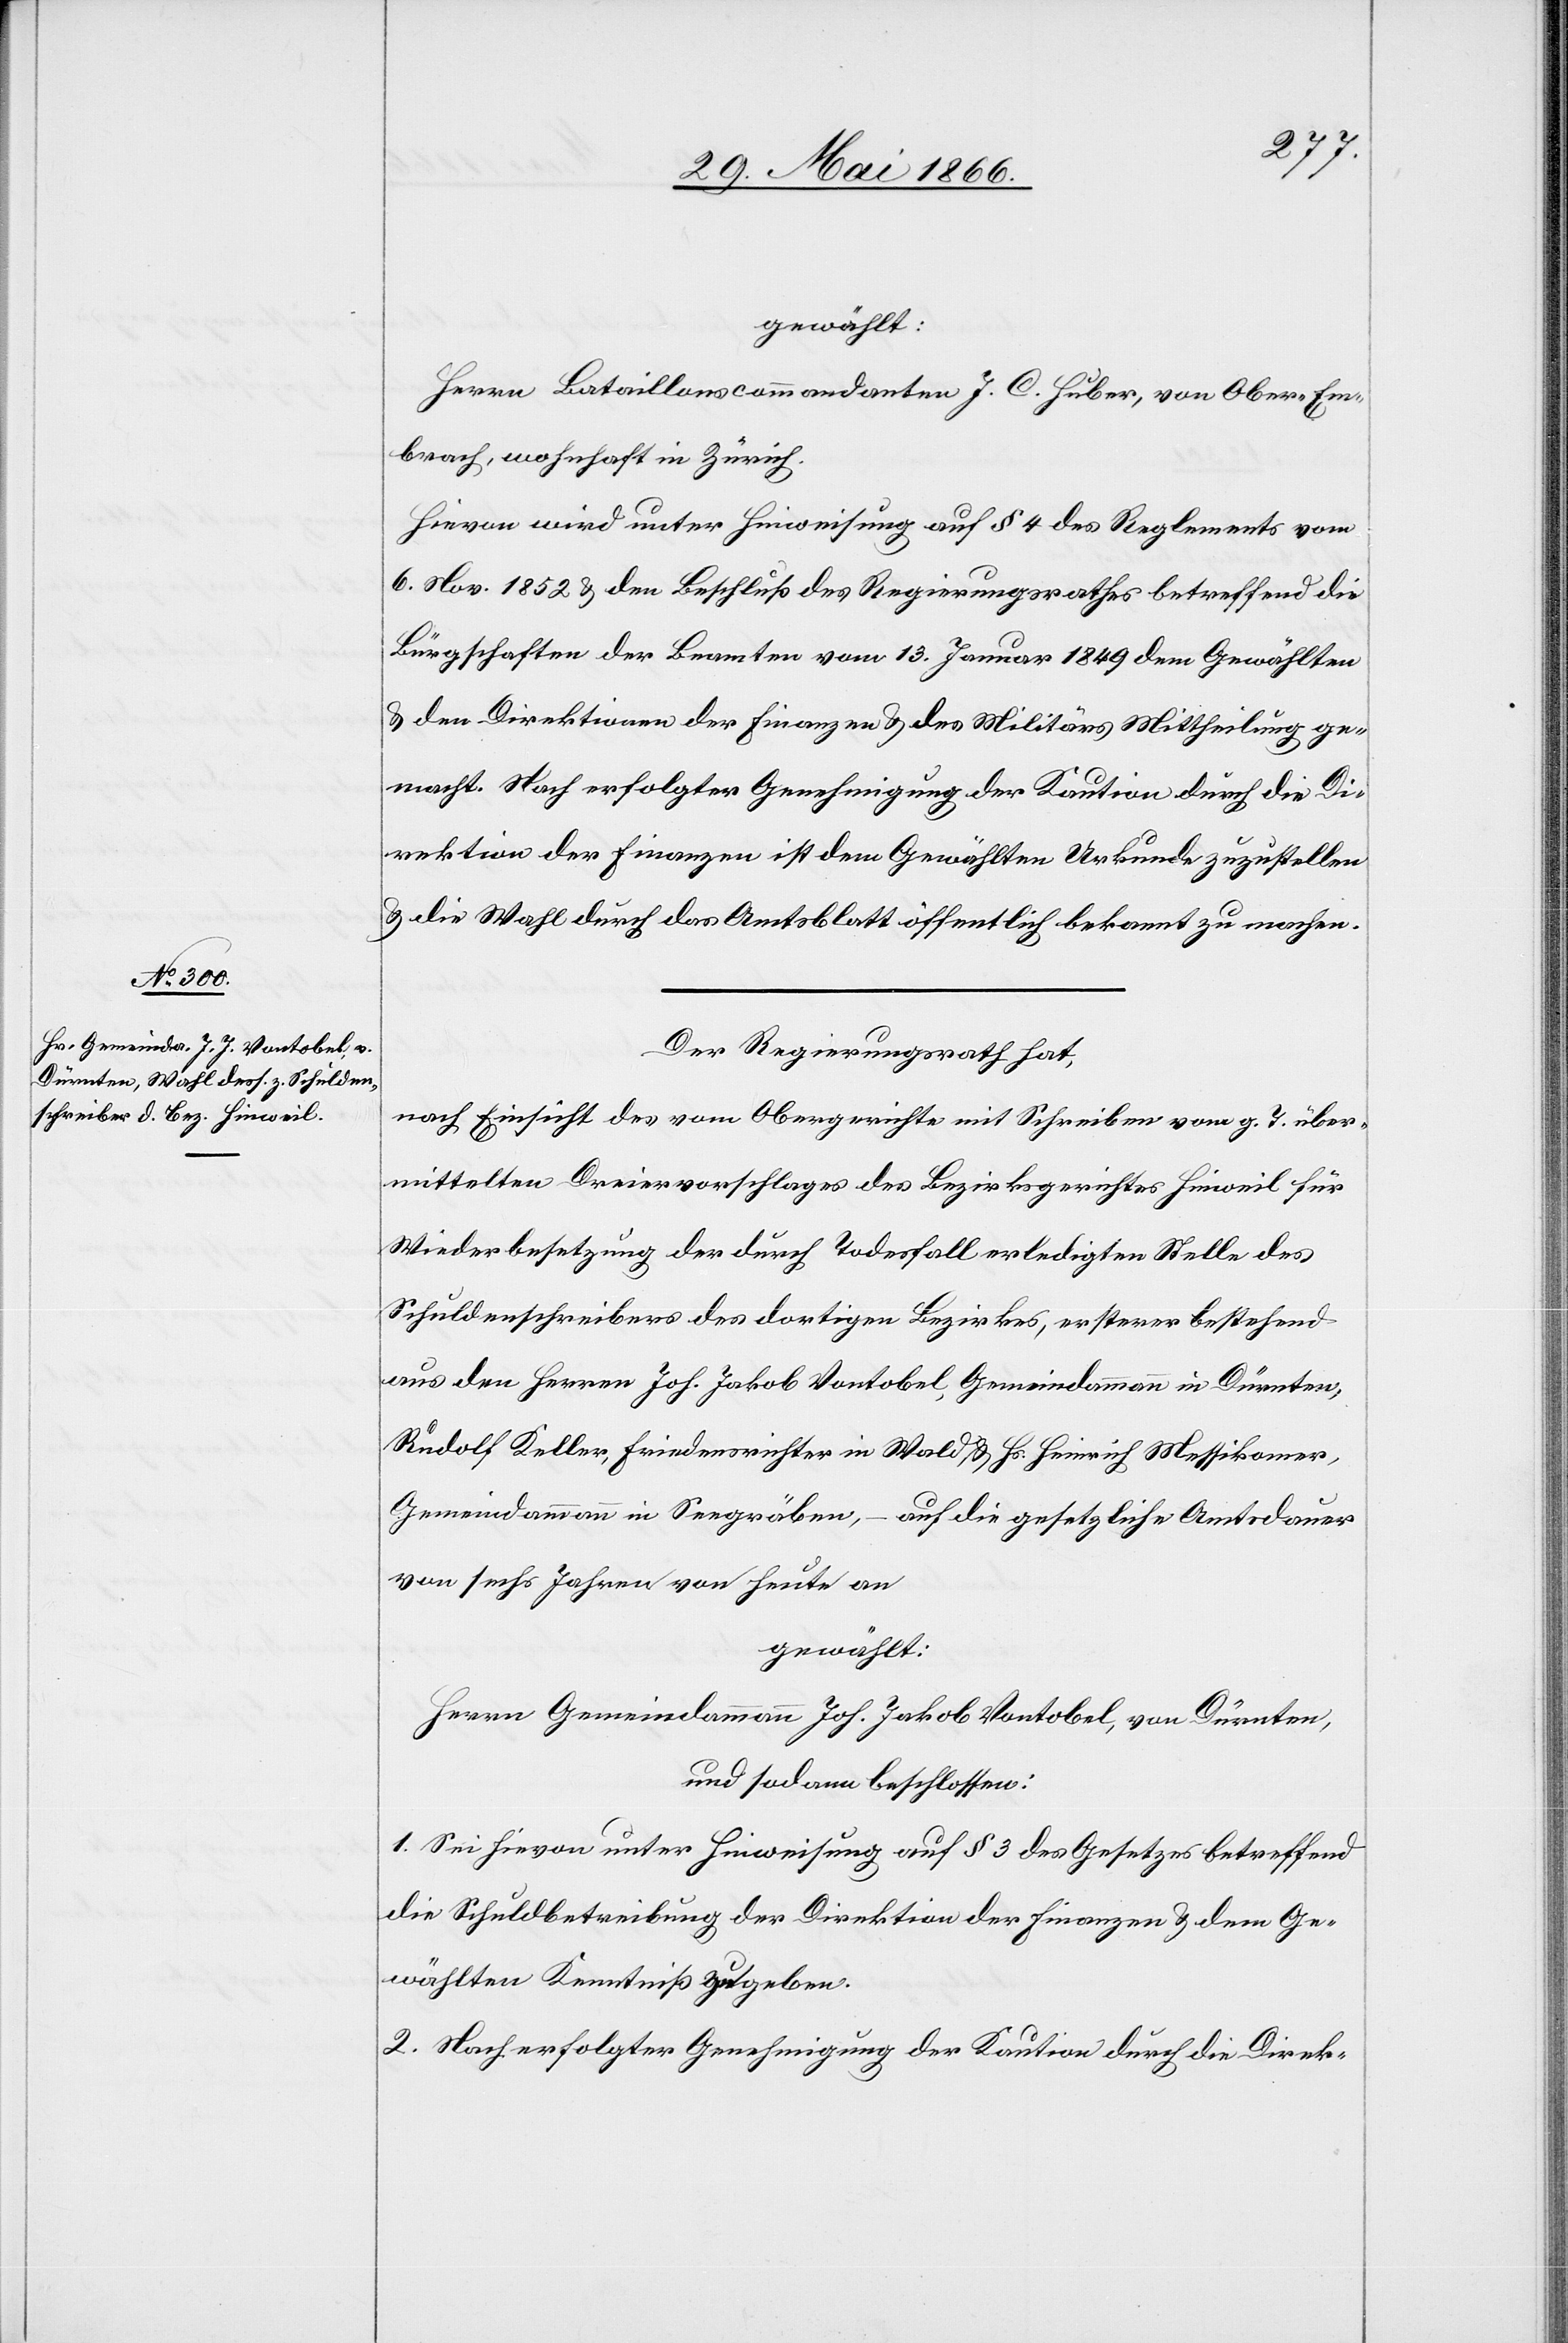
gewählt:
Herrn Bataillonscommandanten J. C. Huber, von Ober-Em¬
brach, wohnhaft in Zürich.
Hievon wird unter Hinweisung auf § 4 des Reglementes vom
6. Nov. 1852 u. dem Beschluß des Regierungsrathes betreffend die
Bürgschaften der Beamten vom 13. Januar 1849 dem Gewählten
u. den Direktionen der Finanzen u. des Militärs Mittheilung ge¬
macht. Nach erfolgter Genehmigung der Kaution durch die Di¬
rektion der Finanzen ist dem Gewählten Urkunde zuzustellen
u. die Wahl durch das Amtsblatt öffentlich bekannt zu machen.
Der Regierungsrath hat,
nach Einsicht des vom Obergerichte mit Schreiben vom g. T. über¬
machten Dreiervorschlages des Bezirksgerichtes Hinweil für
Wiederbesetzung der durch Todesfall erledigten Stelle des
Schuldenschreibers des dortigen Bezirkes, ersterer bestehend
aus den Herrn Joh. Jakob Vontobel, Gemeindammann in Dürnten,
Rudolf Keller, Friedensrichter in Wald u. Hs. Heinrich Messikomer,
Gemeindammann in Seegräben, – auf die gesetzliche Amtsdauer
von sechs Jahren von Heute an
gewählt:
Herrn Gemeindammann Joh. Jakob Vontobel, von Dürnten,
und sodann beschlossen:
1. Sei hievon unter Hinweisung auf § 3 des Gesetzes betreffend
die Schuldbetreibung der Direktion der Finanzen u. dem Ge¬
wählten Kenntnis zugeben.
2. Nach erfolgter Genehmigung der Kaution durch die Direk-